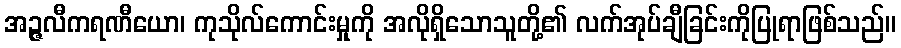
အဉ္ဇလီကရဏီယော၊ ကုသိုလ်ကောင်းမှုကို အလိုရှိသောသူတို့၏ လက်အုပ်ချီခြင်းကိုပြုရာဖြစ်သည်။